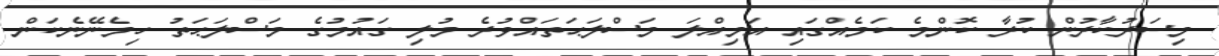
މިސަރުކާރުން ކުރާ ކޮންމެ ކަމެއްގައި އަމިއްލަ މަސްލަޙަތައްވުރެ މުލި ގައުމުގެ މަސްލަޙަތު ހިމެނޭނެކަން